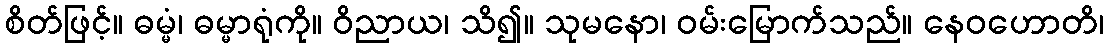
စိတ်ဖြင့်။ ဓမ္မံ၊ ဓမ္မာရုံကို။ ဝိညာယ၊ သိ၍။ သုမနော၊ ဝမ်းမြောက်သည်။ နေဝဟောတိ၊